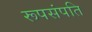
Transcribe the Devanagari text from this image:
रूपसंपति